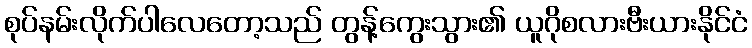
စုပ်နမ်းလိုက်ပါလေတော့သည် တွန့်ကွေးသွား၏ ယူဂိုစလားဗီးယားနိုင်ငံ